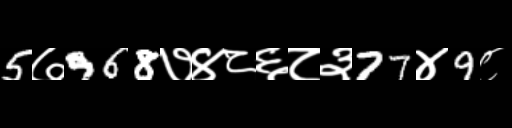
Text: 5७968७४८६८३77४9८